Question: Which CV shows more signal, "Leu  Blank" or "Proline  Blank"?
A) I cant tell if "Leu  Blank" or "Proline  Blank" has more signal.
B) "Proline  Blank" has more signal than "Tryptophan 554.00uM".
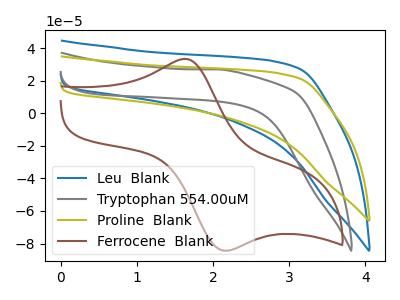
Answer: <think>The blue curve "Leu  Blank" has no peaks. The gray curve "Tryptophan 554.00uM" has no peaks. The olive curve "Proline  Blank" has no peaks. The brown curve "Ferrocene  Blank" has an anodic peak at (1.65V, 33.35uA) and a cathodic peak at (2.20V, -84.45uA).
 Neither "Leu  Blank" or "Proline  Blank" have any peaks.</think>
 <answer>A) I cant tell if "Leu  Blank" or "Proline  Blank" has more signal.</answer>
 <eval>A</eval>